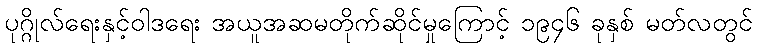
ပုဂ္ဂိုလ်ရေးနှင့်ဝါဒရေး အယူအဆမတိုက်ဆိုင်မှုကြောင့် ၁၉၄၆ ခုနှစ် မတ်လတွင်